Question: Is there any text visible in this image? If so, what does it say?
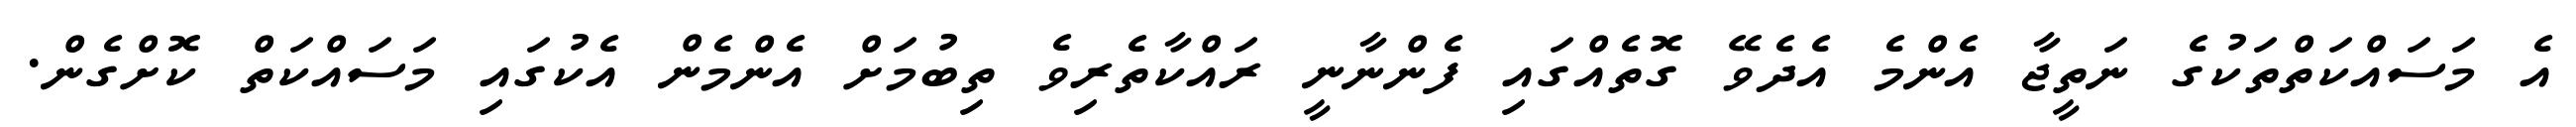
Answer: އެ މަސައްކަތްތަކުގެ ނަތީޖާ އެންމެ އެދެވޭ ގޮތެއްގައި ފެންނާނީ ރައްކާތެރިވެ ތިބުމަށް އެންމެން އެކުގައި މަސައްކަތް ކޮށްގެން.